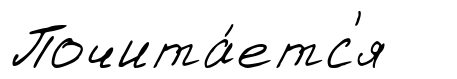
Почита́етс'я